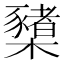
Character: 櫫